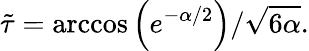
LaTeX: \tilde{\tau}=\operatorname{arccos}\left(e^{-\alpha/2}\right)/\sqrt{6\alpha}.